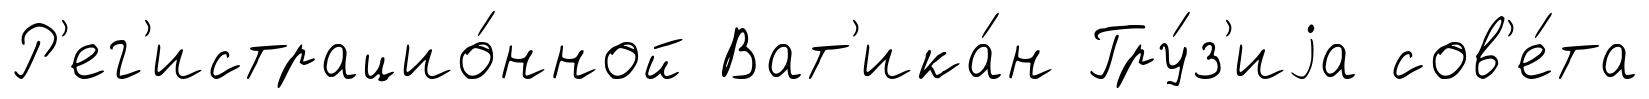
Р'ег'истрацио́нной Ват'ика́н Гру́з'иjа сов'е́та